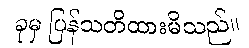
ခုမှ ပြန်သတိထားမိသည်။